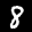
Label: 8